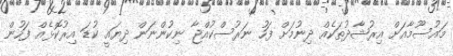
މައުސޫމާއަށް އިރުޝާދުތަކެއް ދިނުމަށް ފަހު ނަރުސްކުއްޖާ ނިކުންނަން ދިޔައީ ކުޑަ އިރުކޮޅެއް ފަހުން